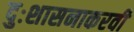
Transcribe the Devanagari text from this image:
दुःशासनाकरवी